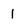
Character: 1